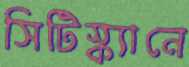
সিটিস্ক্যানে